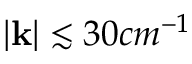
| \mathbf k | \lesssim 3 0 c m ^ { - 1 }